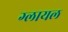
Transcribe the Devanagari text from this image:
ग्लायल